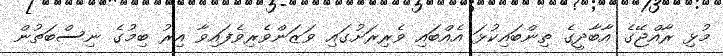
މުޅި ރާއްޖޭގެ އާބާދީގެ ތިންބައިކުޅަ އެއްބައި ވެރިރަށުގައި ވަޒަންވެރިވެފައިވާ އިރު ބިމުގެ ނިސްބަތުން